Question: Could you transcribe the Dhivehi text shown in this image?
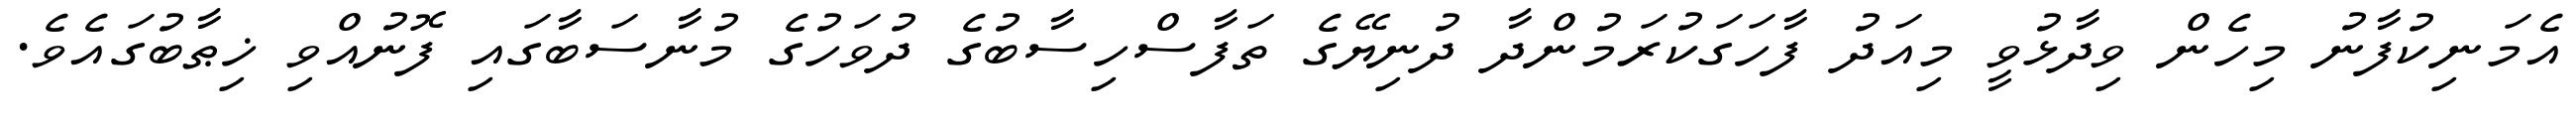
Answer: އެމަނިކުފާނު މިހެން ވިދާޅުވީ މިއަދު ފާހަގަކުރަމުންދާ ދުނިޔޭގެ ތަފާސްހިސާބުގެ ދުވަހުގެ މުނާސަބާގައި ފޮނުއްވި ޚިޠާބުގައެވެ.